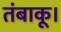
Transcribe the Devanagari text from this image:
तंबाकू।